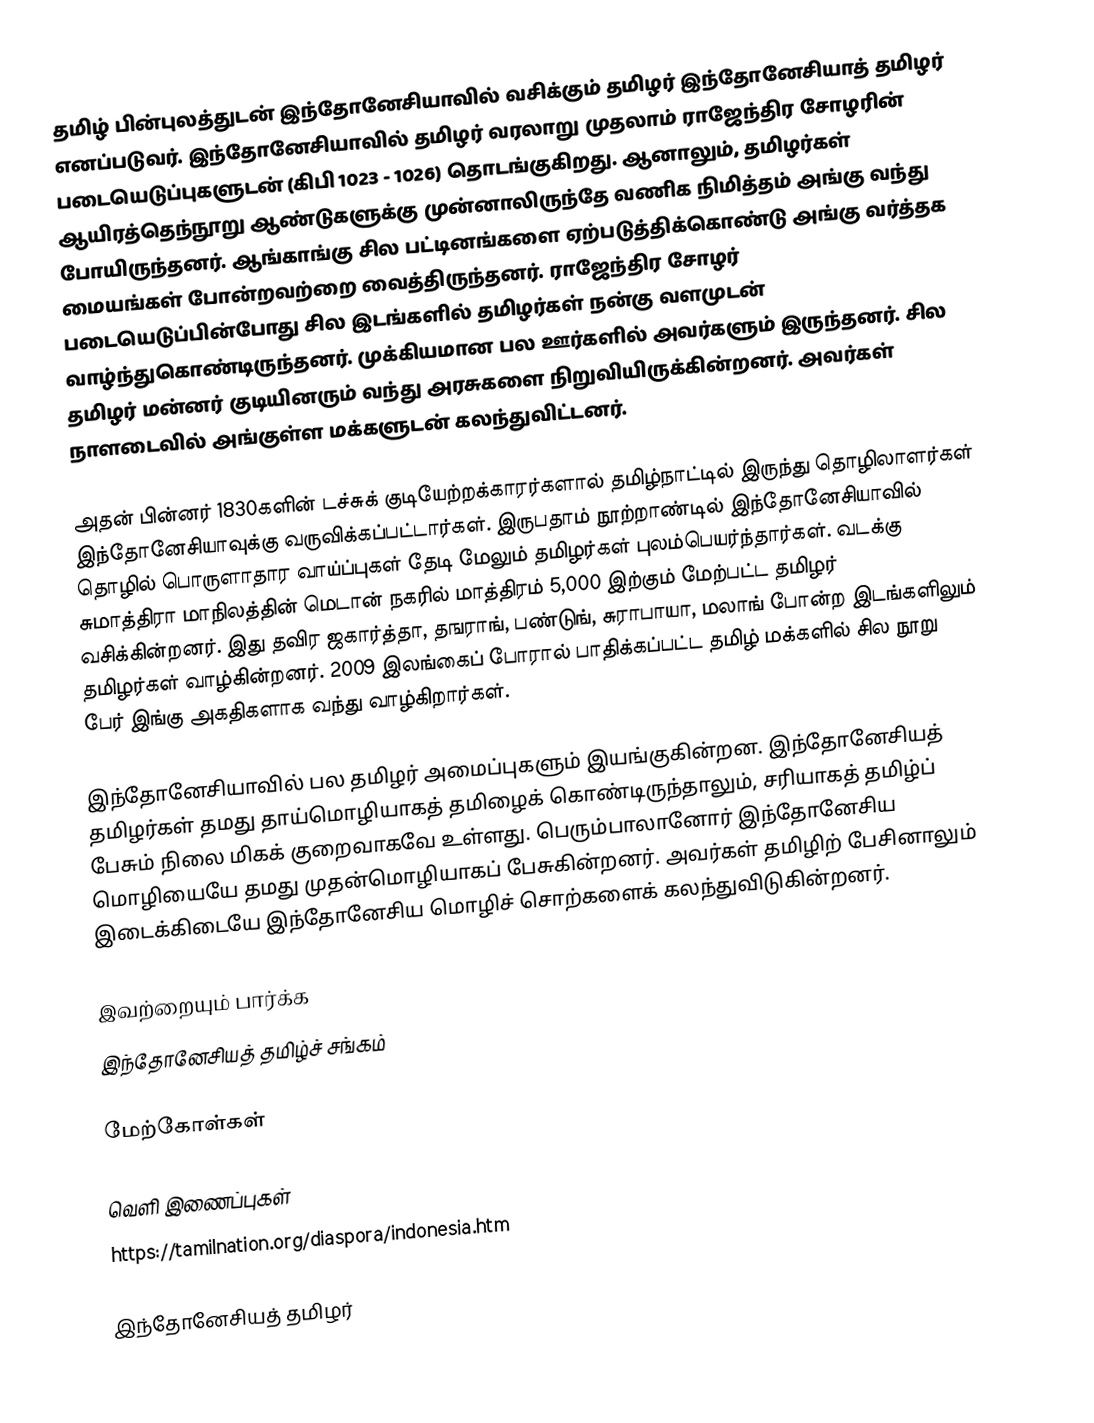
தமிழ் பின்புலத்துடன் இந்தோனேசியாவில் வசிக்கும் தமிழர் இந்தோனேசியாத் தமிழர் எனப்படுவர்.  இந்தோனேசியாவில் தமிழர் வரலாறு முதலாம் ராஜேந்திர சோழரின் படையெடுப்புகளுடன் (கிபி 1023 - 1026) தொடங்குகிறது. ஆனாலும், தமிழர்கள் ஆயிரத்தெந்நூறு ஆண்டுகளுக்கு முன்னாலிருந்தே வணிக நிமித்தம் அங்கு வந்து போயிருந்தனர். ஆங்காங்கு சில பட்டினங்களை ஏற்படுத்திக்கொண்டு அங்கு வர்த்தக மையங்கள் போன்றவற்றை வைத்திருந்தனர். ராஜேந்திர சோழர் படையெடுப்பின்போது சில இடங்களில் தமிழர்கள் நன்கு வளமுடன் வாழ்ந்துகொண்டிருந்தனர். முக்கியமான பல ஊர்களில் அவர்களும் இருந்தனர். சில தமிழர் மன்னர் குடியினரும் வந்து அரசுகளை நிறுவியிருக்கின்றனர். அவர்கள் நாளடைவில் அங்குள்ள மக்களுடன் கலந்துவிட்டனர்.

அதன் பின்னர் 1830களின் டச்சுக் குடியேற்றக்காரர்களால் தமிழ்நாட்டில் இருந்து தொழிலாளர்கள் இந்தோனேசியாவுக்கு வருவிக்கப்பட்டார்கள். இருபதாம் நூற்றாண்டில் இந்தோனேசியாவில் தொழில் பொருளாதார வாய்ப்புகள் தேடி மேலும் தமிழர்கள் புலம்பெயர்ந்தார்கள். வடக்கு சுமாத்திரா மாநிலத்தின் மெடான் நகரில் மாத்திரம் 5,000 இற்கும் மேற்பட்ட தமிழர் வசிக்கின்றனர். இது தவிர ஜகார்த்தா, தஙராங், பண்டுங், சுராபாயா, மலாங் போன்ற இடங்களிலும் தமிழர்கள் வாழ்கின்றனர்.  2009 இலங்கைப் போரால் பாதிக்கப்பட்ட தமிழ் மக்களில் சில நூறு பேர் இங்கு அகதிகளாக வந்து வாழ்கிறார்கள்.

இந்தோனேசியாவில் பல தமிழர் அமைப்புகளும் இயங்குகின்றன. இந்தோனேசியத் தமிழர்கள் தமது தாய்மொழியாகத் தமிழைக் கொண்டிருந்தாலும், சரியாகத் தமிழ்ப் பேசும் நிலை மிகக் குறைவாகவே உள்ளது. பெரும்பாலானோர் இந்தோனேசிய மொழியையே தமது முதன்மொழியாகப் பேசுகின்றனர். அவர்கள் தமிழிற் பேசினாலும் இடைக்கிடையே இந்தோனேசிய மொழிச் சொற்களைக் கலந்துவிடுகின்றனர்.

இவற்றையும் பார்க்க
 இந்தோனேசியத் தமிழ்ச் சங்கம்

மேற்கோள்கள்

வெளி இணைப்புகள்
 https://tamilnation.org/diaspora/indonesia.htm

இந்தோனேசியத் தமிழர்